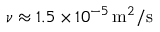
\nu \approx 1 . 5 \times 1 0 ^ { - 5 } \, \mathrm { m } ^ { 2 } / \mathrm { s }